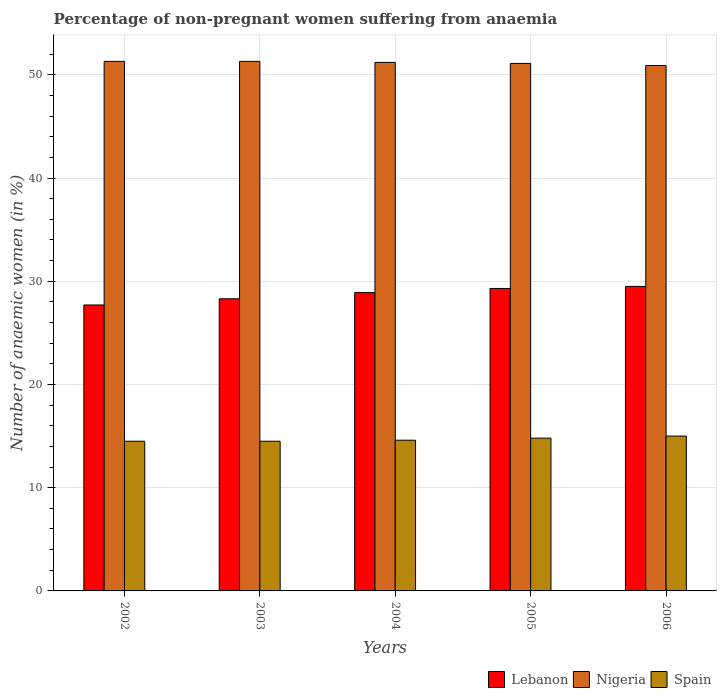
| Years | Lebanon | Nigeria | Spain |
 | --- | --- | --- | --- |
 | 2002 | 27.7 | 51.3 | 14.5 |
 | 2003 | 28.3 | 51.3 | 14.5 |
 | 2004 | 28.9 | 51.2 | 14.6 |
 | 2005 | 29.3 | 51.1 | 14.8 |
 | 2006 | 29.5 | 50.9 | 15 |